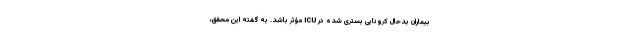
بیماران بدحال کرونایی بستری شده در ICU مؤثر باشد. به گفته این محقق،